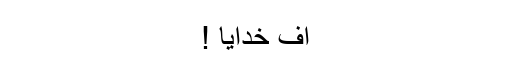
اف خدایا !